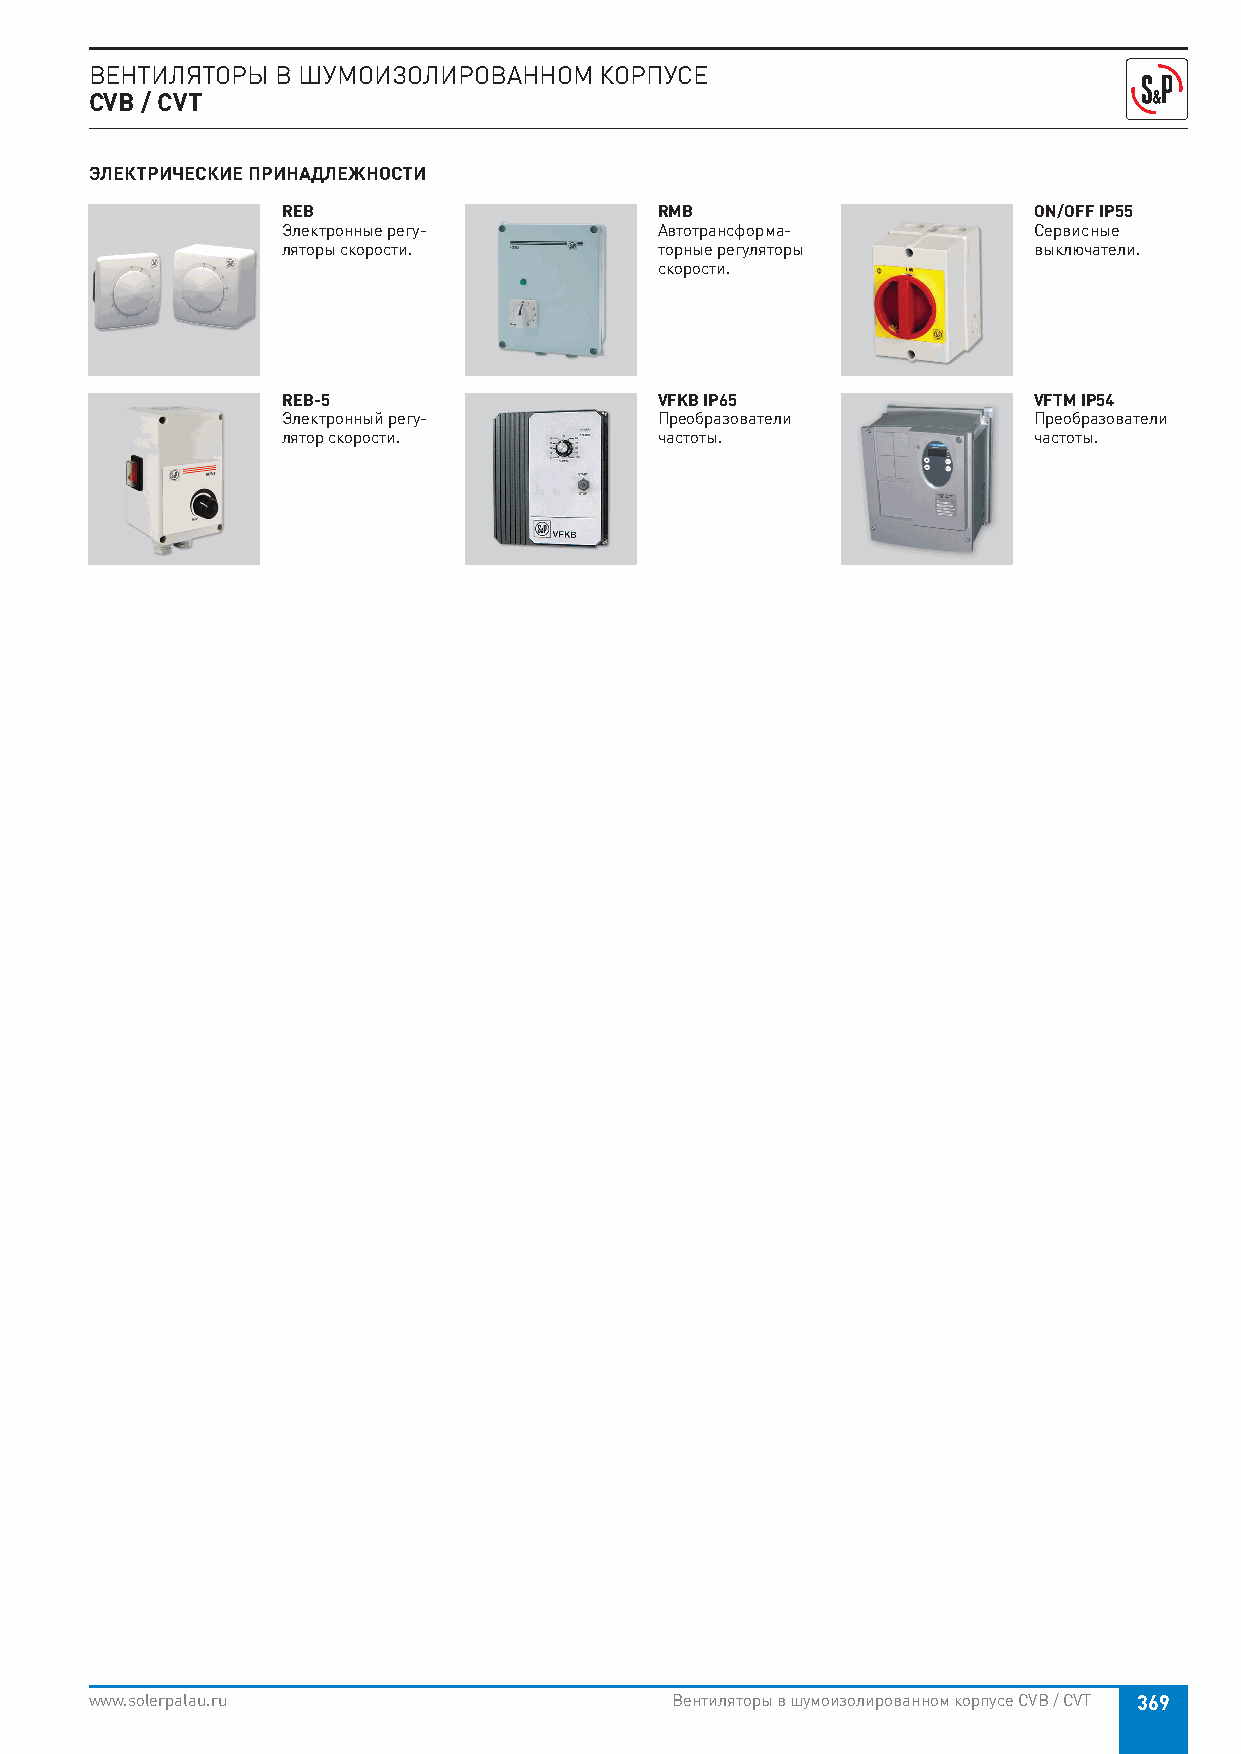
ВЕНТИЛЯТОРЫ В ШУМОИЗОЛИРОВАННОМ   КОРПУСЕ
 CVB / CVT
 ЭЛЕКТРИЧЕСКИЕ ПРИНАДЛЕЖНОСТИ
 REB                      RMB                     ON/OFF IP55
 Электронные регу-        Автотрансформа-         Сервисные
 ляторы скорости.         торные регуляторы       выключатели.
 скорости.
 REB-5                    VFKB IP65               VFTM IP54
 Электронный регу-        Преобразователи         Преобразователи
 лятор скорости.          частоты.                частоты.
 www.solerpalau.ru                     Вентиляторы в шумоизолированном корпусе CVB / CVT 369